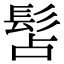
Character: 𩬑